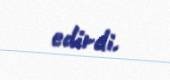
edirdi.